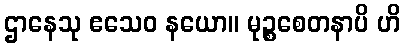
ဌာနေသု ဧသေဝ နယော။ မုဉ္စစေတနာပိ ဟိ